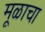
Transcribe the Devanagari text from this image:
मूळाचा